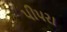
પીપરા